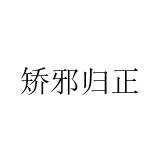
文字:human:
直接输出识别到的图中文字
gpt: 矫邪归正